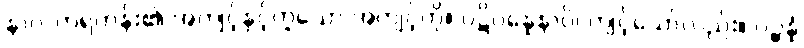
နာလကရဟန်း၏ အကျင့်နှင့်တူသော အကျင့်ကို။ ပဋိပန္နေနာပိ၊ ကျင့်သော်လည်း။ ပဉ္စန္နံ